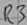
Text: R3